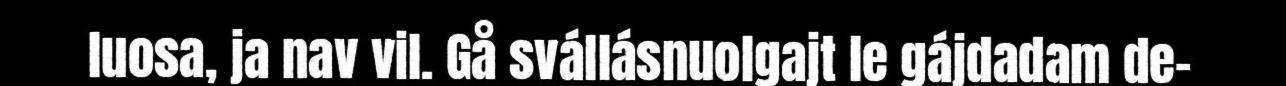
luosa, ja nav vil. Gå svállásnuolgajt le gájdadam de–